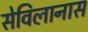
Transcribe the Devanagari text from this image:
सेविलानास